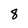
Character: 8